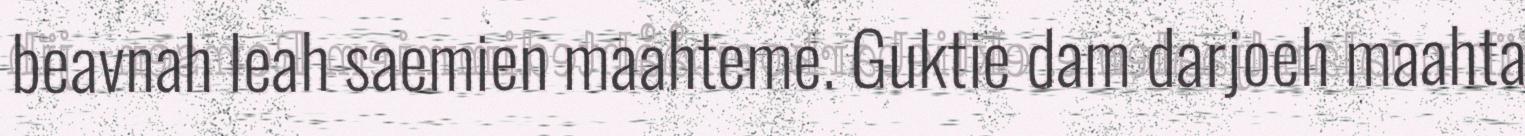
beavnah leah saemien maahteme. Guktie dam darjoeh maahta